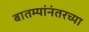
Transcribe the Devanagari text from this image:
बातम्यांनंतरच्या